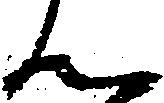
ん